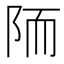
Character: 陑